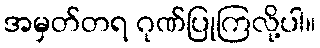
အမှတ်တရ ဂုဏ်ပြုကြလို့ပါ။